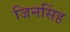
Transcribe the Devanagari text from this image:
जिनसिंह